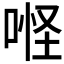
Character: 𠶔